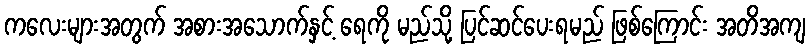
ကလေးများအတွက် အစားအသောက်နှင့် ရေကို မည်သို့ ပြင်ဆင်ပေးရမည် ဖြစ်ကြောင်း အတိအကျ